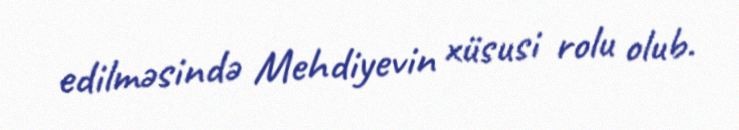
edilməsində Mehdiyevin xüsusi rolu olub.